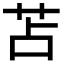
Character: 苫